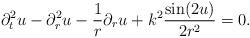
LaTeX: \begin{align*} \partial_t^2u -\partial_r^2u-\frac{1}{r}\partial_ru+k^2\frac{\sin(2u)}{2r^2}=0. \end{align*}